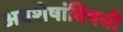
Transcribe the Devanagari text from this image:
अवशेषांविषयी